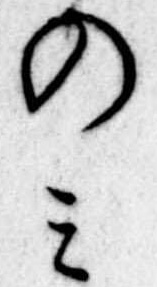
のみ